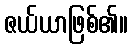
ဇယ်ယာဖြစ်၏။